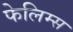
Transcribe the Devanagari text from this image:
फेलिम्स